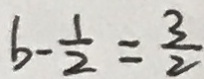
b - \frac { 1 } { 2 } = \frac { 3 } { 2 }